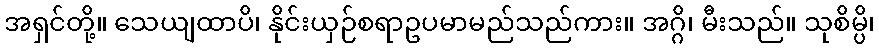
အရှင်တို့။ သေယျထာပိ၊ နိုင်းယှဉ်စရာဥပမာမည်သည်ကား။ အဂ္ဂိ၊ မီးသည်။ သုစိမ္ပိ၊